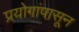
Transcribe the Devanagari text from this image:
प्रयोगांपासून